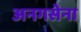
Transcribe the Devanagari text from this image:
अनगसेना